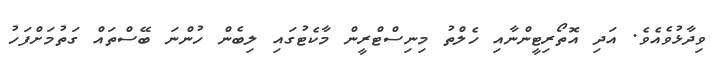
ވިދާޅުވެއެވެ. އަދި އޮތޯރިޓީންނާއި ހެލްތު މިނިސްޓްރީން މާކެޓުގައި ލިބެން ހުންނަ ބޭސްތައް ގަތުމަށްފަހު